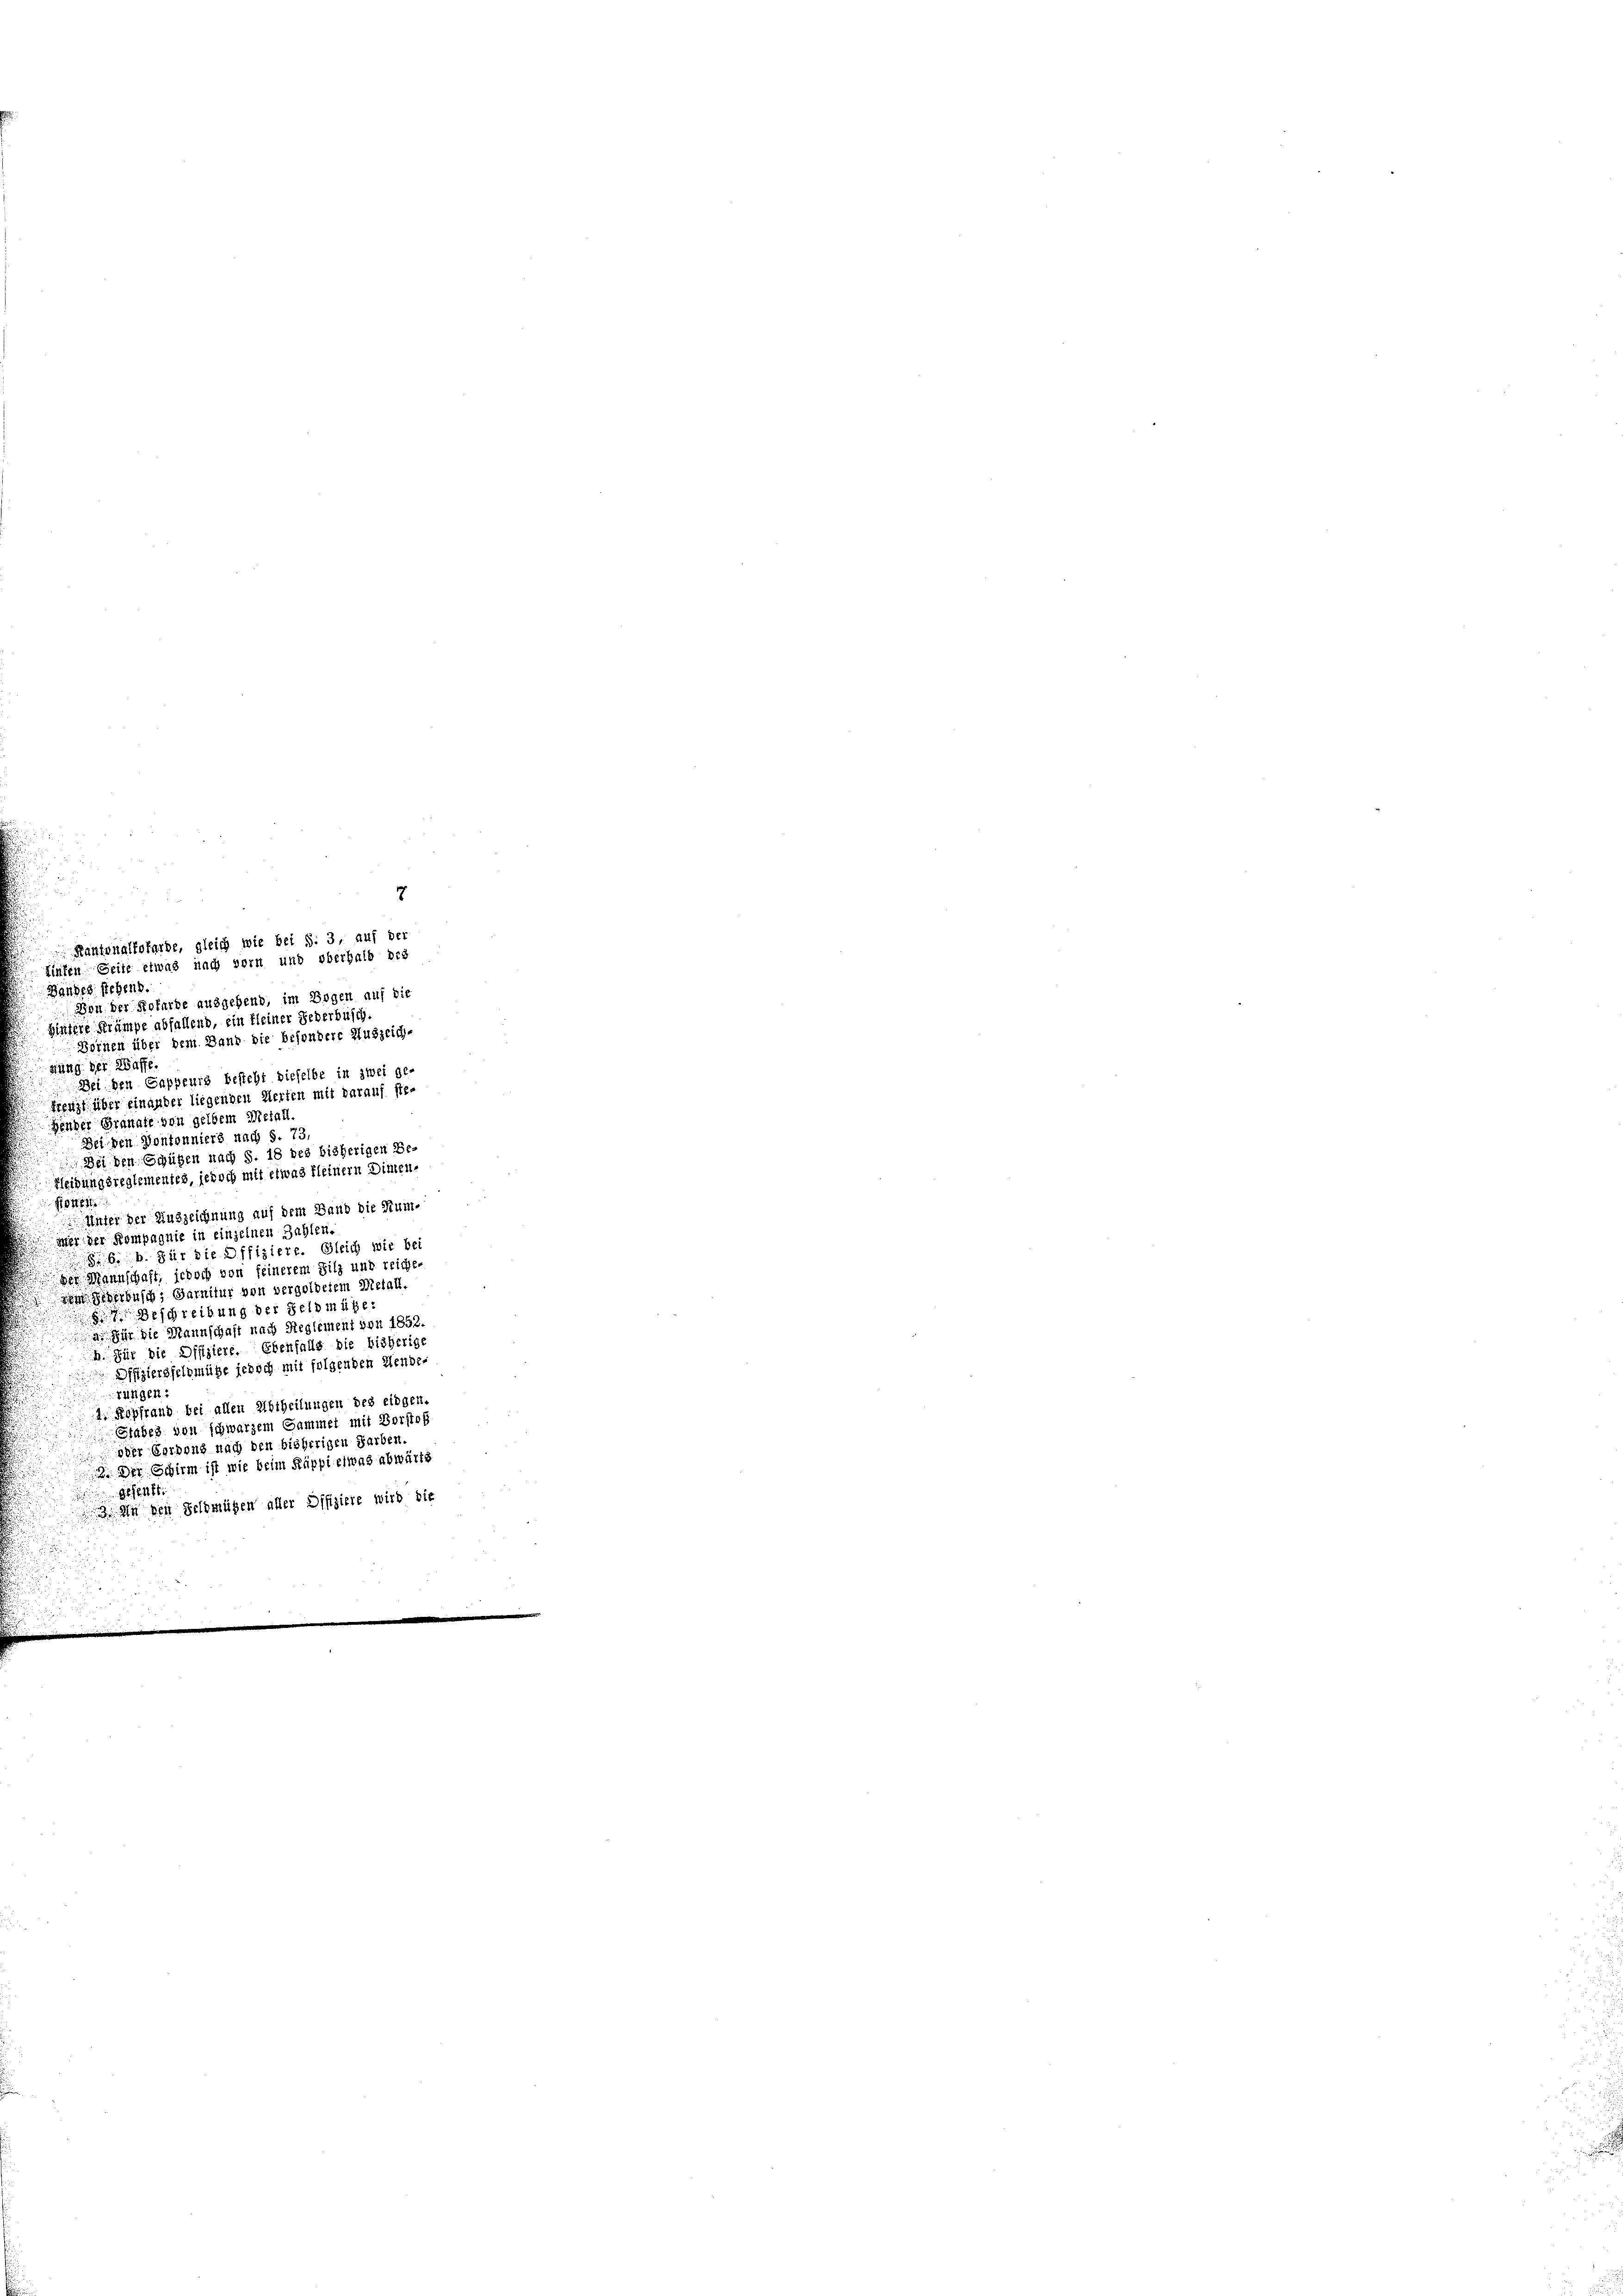
Kantonalfoferde, gleich wie bei S. 3, auf der

7
Zinsen Seite etwas nach vorn und oberhalb des
Bandes siehend.
Von der Hofarbe ausgehend, im Bogen auf die
hintere Krämpe abfallend, ein kleiner Lederbusch.
Bornen über dem Band die besondere Auszeich-
fung der Waffe.
Bei den Sappeurs besteht dieselbe in zwei ge-
kreuzt über einander liegenden Werten mit darauf stehender Granate von gelbem Metall.
Bei den Vontonniers nach S. 73,
Bei den Grüten nach §. 18 des bisherigen Be-
Kleidungsreglementes, jedoch mit etwas kleinern Dimen-
Gotteste
Unter der Auszeichnung auf dem Band die Rümmer der Kompagnie in einzelnen Zahlen.
86. b. für die Offiziere. Gleich wir be
der Mannschaft, jedoch von feinerem Silz und reiche
iem Sterbusch, Garnitur von vergoldetem Metall.
Beschreibung der Geld müge:
a. Für die Mannschaft nach Reglement von 1853
b. Für die Offiziere. Ebenfalls die bisherige
Offiziersfeld müße jedoch mit folgenden Mende-
rünigen
1. Kopfrand bei allen Abtheilungen des eidgen.
Stabes von schwarzem Sammel mit Vorstof
oder Gerdons nach den bisherigen Farben.
 Der Schirm ist wie beim Käppi etwas abwärts
gesent.
3. an den Geldmügen aller Offiziere wird die